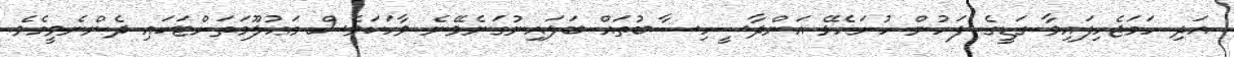
އަދި ހަމަޖެހިފައިވާ ގަޑީގެ ފަހުން ހުށަހެޅޭ އަންދާސީހިސާބުތައް ބަލައިނުގަނެވޭނެ ވާހަކަވެސް މަޢުލޫމަތަށްޓަކައި ދެންނެވީމެވެ.